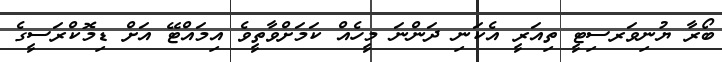
ބޯރާ ޔުނިވަރސިޓީ ތިއަރީ އެކަނި ދަންނަ މީހެއް ކަމަށްވާތީވެ އިމައްޓޭ އަށް ޑިމޮކްރަސީގެ